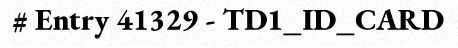
# Entry 41329 - TD1_ID_CARD